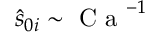
\hat { s } _ { 0 i } \sim \textrm { C a } ^ { - 1 }